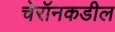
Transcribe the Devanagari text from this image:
चेरॉनकडील